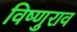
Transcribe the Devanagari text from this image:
विष्णुराव